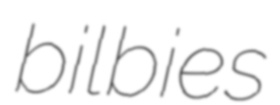
bilbies